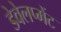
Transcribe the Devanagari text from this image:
डेवेलप्मेंट